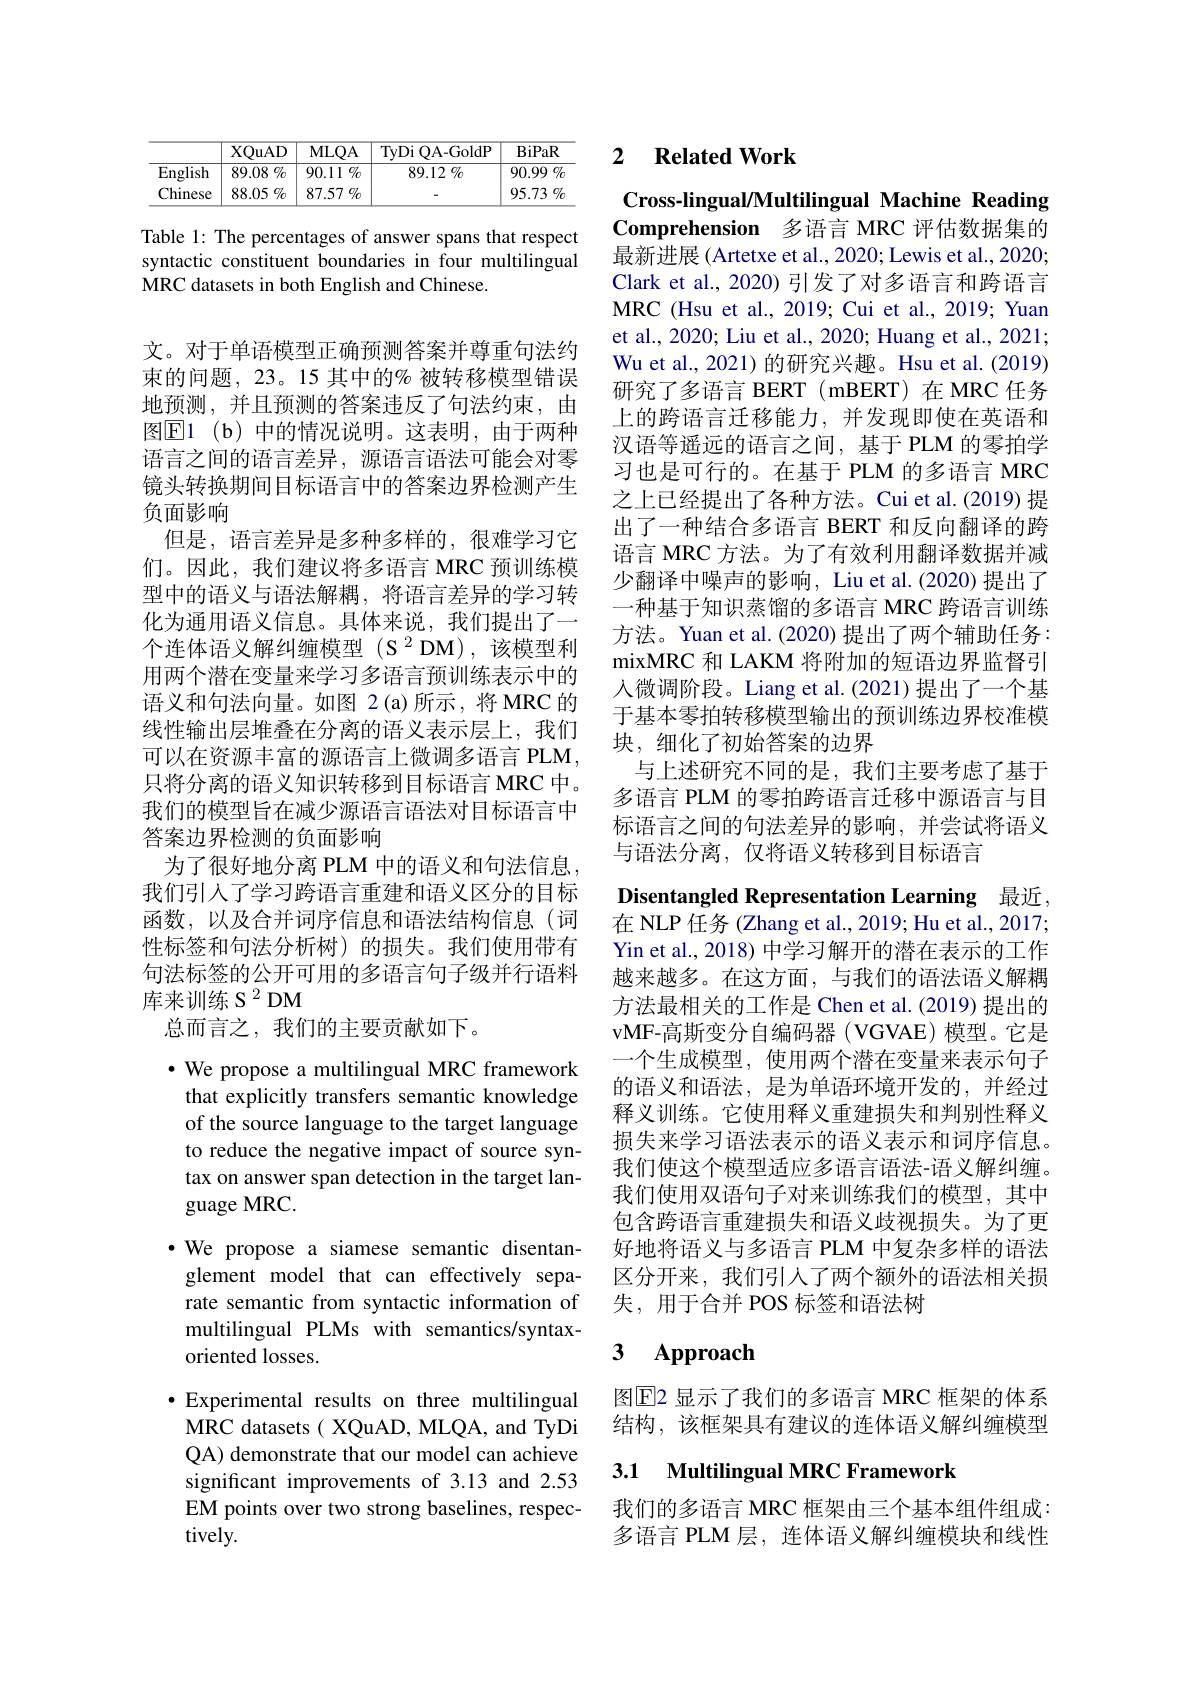
<table>
	<tbody>
		<tr>
			<th> </th>
			<th>XQuAD</th>
			<th>MLQA</th>
			<th>TyDi( OA- GoldP</th>
			<th>$\mathbf{BiPaR}$</th>
		</tr>
		<tr>
			<td>English</td>
			<td>$89.08\%$</td>
			<td>$90.11\%$</td>
			<td>89.12 $\%$</td>
			<td>$90.99\%$</td>
		</tr>
		<tr>
			<td>Chinese</td>
			<td>88.05 $\%$</td>
			<td>87.57 $\%$</td>
			<td> </td>
			<td>95.73 $\%$</td>
		</tr>
	</tbody>
</table>

Table 1: The percentages of answer spans that respect syntactic constituent boundaries in four multilingual MRC datasets in both English and Chinese.

文。对于单语模型正确预测答案并尊重句法约束的问题，23。15 其中的% 被转移模型错误地预测，并且预测的答案违反了句法约束，由图$\boxed{\mathrm{E} }1$ (b)中的情况说明。这表明，由于两种语言之间的语言差异，源语言语法可能会对零镜头转换期间目标语言中的答案边界检测产生负面影响
但是，语言差异是多种多样的，很难学习它们。因此，我们建议将多语言 MRC 预训练模型中的语义与语法解耦，将语言差异的学习转化为通用语义信息。具体来说，我们提出了一$个连体语义解纠缠模型(S^{2}DM),该模型利$ 用两个潜在变量来学习多语言预训练表示中的语义和句法向量。如图 2(a)所示，将MRC的线性输出层堆叠在分离的语义表示层上，我们可以在资源丰富的源语言上微调多语言 PLM, 只将分离的语义知识转移到目标语言 MRC 中。我们的模型旨在减少源语言语法对目标语言中答案边界检测的负面影响
为了很好地分离 PLM 中的语义和句法信息， 我们引入了学习跨语言重建和语义区分的目标函数，以及合并词序信息和语法结构信息(词性标签和句法分析树)的损失。我们使用带有句法标签的公开可用的多语言句子级并行语料库来训练 S $^{2}$DM
总而言之，我们的主要贡献如下。

$\cdot$ We propose a multilingual MRC framework that explicitly transfers semantic knowledge of the source language to the target language to reduce the negative impact of source syntax on answer span detection in the target language MRC.
·We propose a siamese semantic disentan-
glement model that can effectively separate semantic from syntactic information of multilingual PLMs with semantics/syntaxoriented losses.
$\bullet$ Experimental results on three multilingual
MRC datasets( XQuAD, MLQA, and TyDi QA) demonstrate that our model can achieve significant improvements of 3.13 and 2.53 EM points over two strong baselines, respectively.

### 2 $\textbf{Related Work}$

Cross-lingual/Multilingual Machine Reading Comprehension 多语言 MRC 评估数据集的最新进展 (Artetxe et al., 2020; Lewis et al., 2020; Clark et al., 2020) 引发了对多语言和跨语言MRC (Hsu et al., 2019; Cui et al., 2019; Yuan et al., 2020; Liu et al., 2020; Huang et al., 2021; Wu et al., 2021) 的研究兴趣。Hsu et al. (2019) 研究了多语言 BERT(mBERT)在 MRC 任务上的跨语言迁移能力，并发现即使在英语和汉语等遥远的语言之间，基于 PLM 的零拍学习也是可行的。在基于 PLM 的多语言 MRC 之上已经提出了各种方法。Cui et al.(2019) 提出了一种结合多语言 BERT 和反向翻译的跨语言 MRC 方法。为了有效利用翻译数据并减少翻译中噪声的影响，Liu et al.(2020) 提出了一种基于知识蒸馏的多语言 MRC 跨语言训练方法。Yuan et al.(2020) 提出了两个辅助任务： mixMRC 和 LAKM 将附加的短语边界监督引入微调阶段。Liang et al.(2021)提出了一个基于基本零拍转移模型输出的预训练边界校准模块，细化了初始答案的边界
与上述研究不同的是，我们主要考虑了基于多语言 PLM 的零拍跨语言迁移中源语言与目标语言之间的句法差异的影响，并尝试将语义与语法分离，仅将语义转移到目标语言

Disentangled Representation Learning 最近，

在 NLP 任务 (Zhang et al., 2019; Hu et al., 2017; Yin et al., 2018) 中学习解开的潜在表示的工作越来越多。在这方面，与我们的语法语义解耦方法最相关的工作是 Chen et al.(2019) 提出的vMF-高斯变分自编码器(VGVAE) 模型。它是一个生成模型，使用两个潜在变量来表示句子的语义和语法，是为单语环境开发的，并经过释义训练。它使用释义重建损失和判别性释义损失来学习语法表示的语义表示和词序信息。我们使这个模型适应多语言语法-语义解纠缠。我们使用双语句子对来训练我们的模型，其中包含跨语言重建损失和语义歧视损失。为了更好地将语义与多语言 PLM 中复杂多样的语法区分开来，我们引人了两个额外的语法相关损失，用于合并 POS 标签和语法树

# 3 Approach

图$\overline{\mathrm{E}}$2 显示了我们的多语言 MRC 框架的体系结构，该框架具有建议的连体语义解纠缠模型

## 3.1 Multilingual MRC Framework

我们的多语言 MRC 框架由三个基本组件组成： 多语言 PLM 层，连体语义解纠缠模块和线性